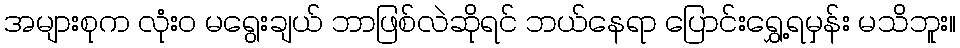
အများစုက လုံး၀ မရွေးချယ် ဘာဖြစ်လဲဆိုရင် ဘယ်နေရာ ပြောင်းရွှေ့ရမှန်း မသိဘူး။